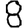
Digit: 8